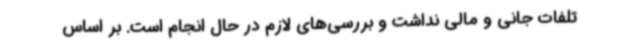
تلفات جانی و مالی نداشت و بررسی‌های لازم در حال انجام است. بر اساس